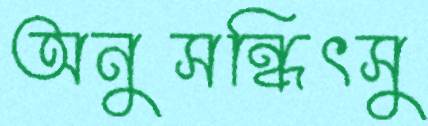
অনুসন্ধিৎসু